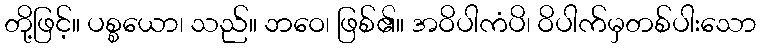
တို့ဖြင့်။ ပစ္စယော၊ သည်။ ဘဝေ၊ ဖြစ်၏။ အဝိပါကံပိ၊ ဝိပါက်မှတစ်ပါးသော